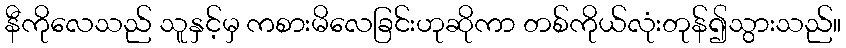
နီကိုလေသည် သူနှင့်မှ ကစားမိလေခြင်းဟုဆိုကာ တစ်ကိုယ်လုံးတုန်၍သွားသည်။